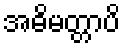
အဓိမတ္တာပိ